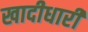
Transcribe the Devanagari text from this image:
खादीधारी